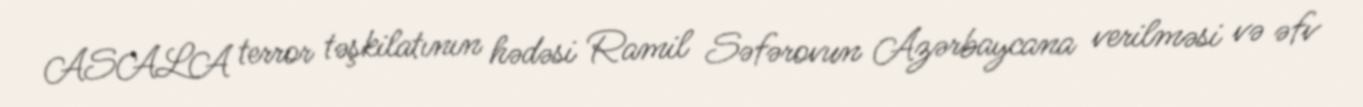
ASALA terror təşkilatının hədəsi Ramil Səfərovun Azərbaycana verilməsi və əfv